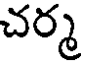
చర్మ